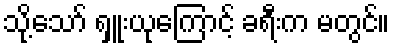
သို့သော် ရှူးယုကြောင့် ခရီးက မတွင်။